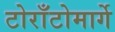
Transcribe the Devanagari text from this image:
टोराँटोमार्गे